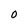
Character: O